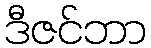
ဒီဇင်ဘာ